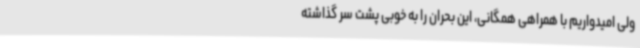
ولی امیدواریم با همراهی همگانی، این بحران را به خوبی پشت سر گذاشته